Indian journal of veterinary science and animal husbandry - Volumes 26-27, 1956-1957
Year: 1956
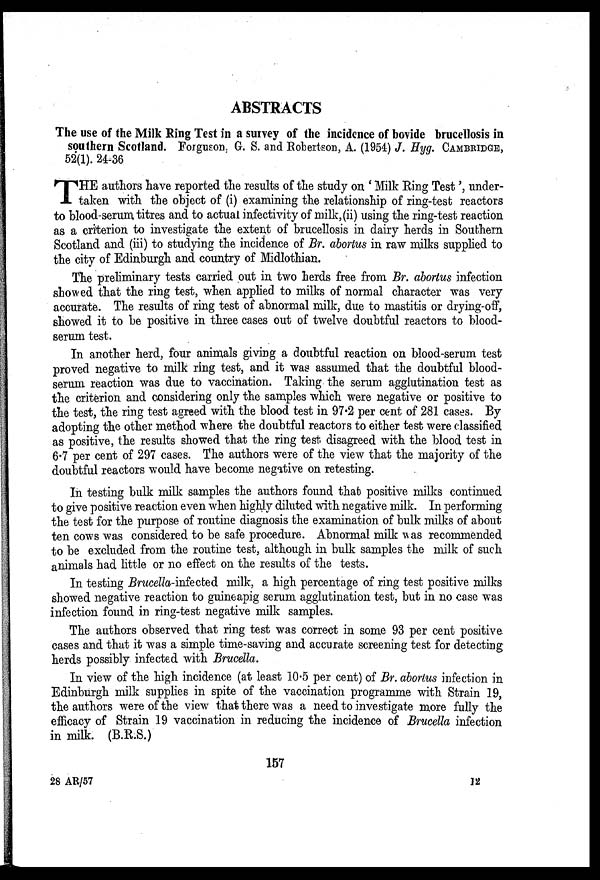
ABSTRACTS
The use of the Milk Ring Test in a survey of the incidence of bovide brucellosis in
southern Scotland. Forguson, G. S. and Robertson, A. (1954) J. Hyg. CAMBRIDGE,
52(1). 24-36
T HE authors have reported the results of the study on 'Milk Ring Test', under-
taken with the object of (i) examining the relationship of ring-test reactors
to blood-serum titres and to actual infectivity of milk, (ii) using the ring-test reaction
as a criterion to investigate the extent of brucellosis in dairy herds in Southern
Scotland and (iii) to studying the incidence of Br. abortus in raw milks supplied to
the city of Edinburgh and country of Midlothian.
The preliminary tests carried out in two herds free from Br. abortus infection
showed that the ring test, when applied to milks of normal character was very
accurate. The results of ring test of abnormal milk, due to mastitis or drying-off,
showed it to be positive in three cases out of twelve doubtful reactors to blood-
serum test.
In another herd, four animals giving a doubtful reaction on blood-serum test
proved negative to milk ring test, and it was assumed that the doubtful blood-
serum reaction was due to vaccination. Taking the serum agglutination test as
the criterion and considering only the samples which were negative or positive to
the test, the ring test agreed with the blood test in 97.2 per cent of 281 cases. By
adopting the other method where the doubtful reactors to either test were classified
as positive, the results showed that the ring test disagreed with the blood test in
6.7 per cent of 297 cases. The authors were of the view that the majority of the
doubtful reactors would have become negative on retesting.
In testing bulk milk samples the authors found that positive milks continued
to give positive reaction even when highly diluted with negative milk. In performing
the test for the purpose of routine diagnosis the examination of bulk milks of about
ten cows was considered to be safe procedure. Abnormal milk was recommended
to be excluded from the routine test, although in bulk samples the milk of such
animals had little or no effect on the results of the tests.
In testing Brucella-infected milk, a high percentage of ring test positive milks
showed negative reaction to guineapig serum agglutination test, but in no case was
infection found in ring-test negative milk samples.
The authors observed that ring test was correct in some 93 per cent positive
cases and that it was a simple time-saving and accurate screening test for detecting
herds possibly infected with Brucella.
In view of the high incidence (at least 10.5 per cent) of Br. abortus infection in
Edinburgh milk supplies in spite of the vaccination programme with Strain 19,
the authors were of the view that there was a need to investigate more fully the
efficacy of Strain 19 vaccination in reducing the incidence of Brucella infection
in milk. (B.R.S.)
157
28 AR/57
12